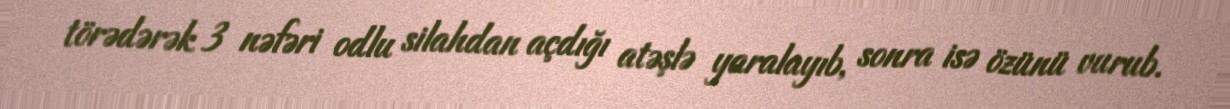
törədərək 3 nəfəri odlu silahdan açdığı atəşlə yaralayıb, sonra isə özünü vurub.